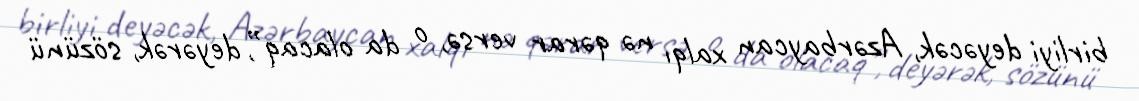
birliyi deyəcək, Azərbaycan xalqı nə qərar versə, o da olacaq”, deyərək, sözünü